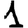
Digit: 1